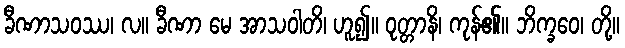
ခီဏာသဝဿ၊ လ။ ခီဏာ မေ အာသဝါတိ၊ ဟူ၍။ ဝုတ္တာနိ၊ ကုန်၏။ ဘိက္ခဝေ၊ တို့။